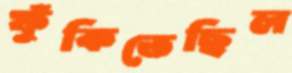
ফুঁকিতেছিল